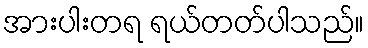
အားပါးတရ ရယ်တတ်ပါသည်။